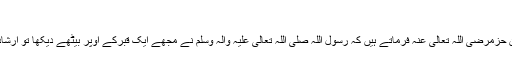
([2])
حضرتِ سیِّدُنا عُمارَہ بن حَزْمرَضِیَ اللّٰہُ تَعَالٰی عَنْہُ فرماتے ہیں کہ رسولُ اللہ صَلَّی اللّٰہُ تَعَالٰی عَلَیْہِ وَاٰلہٖ وَسَلَّم نے مجھے ایک قبرکے اُوپر بیٹھے دیکھا تو اِرشاد فرمایا : اے قبر والے!